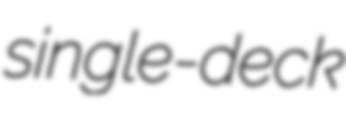
single-deck